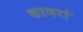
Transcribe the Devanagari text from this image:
कामरां